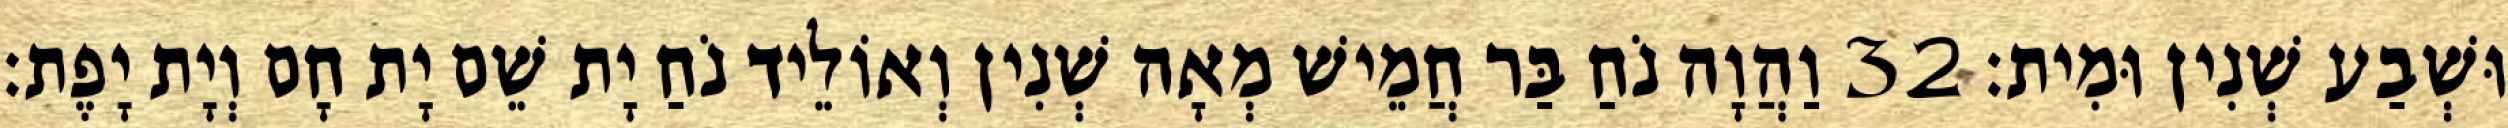
וּשְׁבַע שְׁנִין וּמִית׃ 32 וַהֲוָה נֹחַ בַּר חֲמֵישׁ מְאָה שְׁנִין וְאוֹלֵיד נֹחַ יָת שֵׁם יָת חָם וְיָת יָפֶת׃